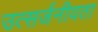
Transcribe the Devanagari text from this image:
उत्सर्जनीयता